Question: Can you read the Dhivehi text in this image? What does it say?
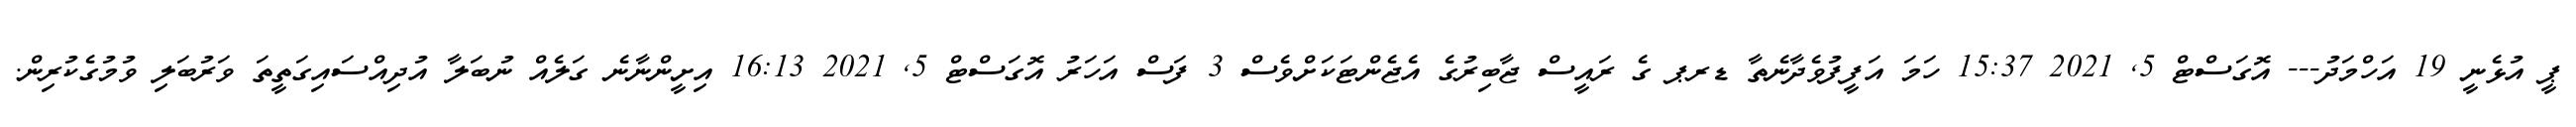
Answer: ޕީ އުޅެނީ 19 އަހްމަދު--- އޮގަސްޓް 5, 2021 15:37 ހަމަ އަފީފުވެދާނެތާ ޑރޕ ގެ ރައީސް ޖާބިރުގެ އެޖެންޓަކަށްވެސް 3 ފަސް އަހަރު އޮގަސްޓް 5, 2021 16:13 އިށީންނާނެ ގަލެއް ނުބަލާ އުދިއްސައިގަތީތަ ވަރުބަލި ވުމުގެކުރިން.